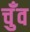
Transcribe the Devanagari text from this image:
चुँव